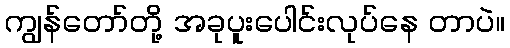
ကျွန်တော်တို့ အခုပူးပေါင်းလုပ်နေ တာပဲ။